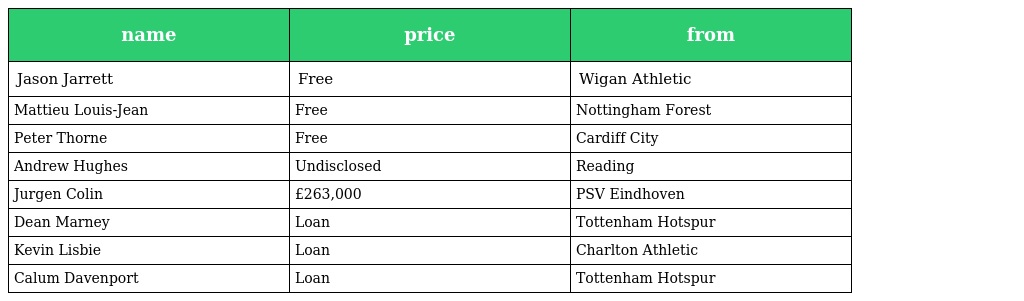
| name | price | from |
 | --- | --- | --- |
 | Jason Jarrett | Free | Wigan Athletic |
 | Mattieu Louis-Jean | Free | Nottingham Forest |
 | Peter Thorne | Free | Cardiff City |
 | Andrew Hughes | Undisclosed | Reading |
 | Jurgen Colin | £263,000 | PSV Eindhoven |
 | Dean Marney | Loan | Tottenham Hotspur |
 | Kevin Lisbie | Loan | Charlton Athletic |
 | Calum Davenport | Loan | Tottenham Hotspur |